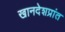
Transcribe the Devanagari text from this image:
खानदेशप्रांत